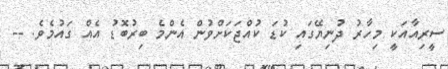
ސީރިއާއަކީ މިހާރު ދުނިޔޭގައި ކުޑަ ކުއްޖަކަށްވުން އެންމެ ބިރުބޮޑު އެއް ގައުމެވެ. --